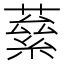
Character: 𮑙